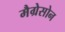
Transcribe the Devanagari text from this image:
मैग्रेसोन